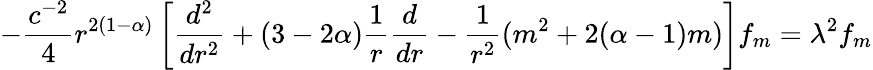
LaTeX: -\frac{c^{-2}}{4}r^{2(1-\alpha)}\left[\frac{d^{2}}{dr^{2}}+(3-2\alpha)\frac{1}{r}\frac{d}{dr}-\frac{1}{r^{2}}(m^{2}+2(\alpha-1)m)\right]f_{m}=\lambda^{2}f_{m}